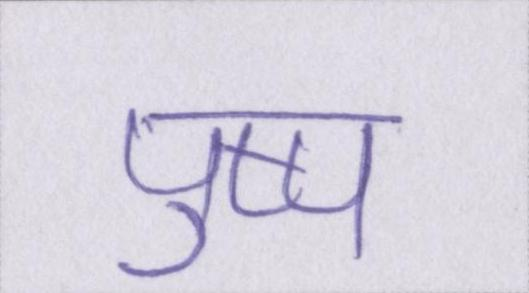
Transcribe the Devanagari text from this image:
पुष्प